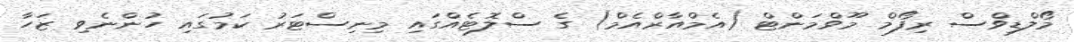
މޯލްޑިވްސް ރިފޯމް މޫވްމަންޓް (އެމްއާރްއެމް) ގެ ސްލޮޓެއްގައި މިނިސްޓަރު ކަމުގައި ހުންނެވި ޒަހާ